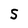
Character: S